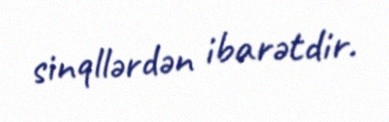
sinqllərdən ibarətdir.